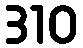
310